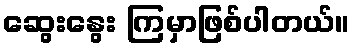
ဆွေးနွေး ကြမှာဖြစ်ပါတယ်။